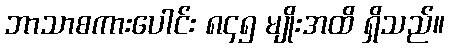
ဘာသာစကားပေါင်း ၈၄၅ မျိုးအထိ ရှိသည်။